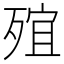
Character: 𣨩